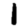
Digit: 1